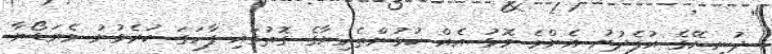
ދުނިޔޭގެ އުފެދުނު އެންމެ މޮޅު އެއް ކުޅުންތެރިޔާގެ ގޮތުގައި ފާހަގަ ކުރެވުނު މެރަޑޯނާ